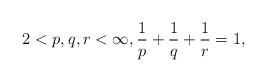
LaTeX: \begin{align*}2<p,q,r<\infty, \frac{1}{p} + \frac{1}{q} + \frac{1}{r} = 1,\end{align*}